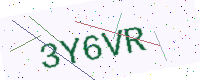
Text: 3Y6VR